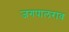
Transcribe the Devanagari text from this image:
जगपालराव